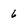
Character: 6